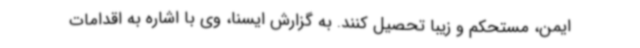
ایمن، مستحکم و زیبا تحصیل کنند. به گزارش ایسنا، وی با اشاره به اقدامات